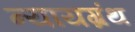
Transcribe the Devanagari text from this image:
न्यायग्रंथ